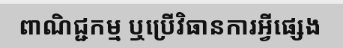
ពាណិជ្ជកម្ម ឬប្រើវិធានការអ្វីផ្សេង